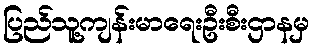
ပြည်သူ့ကျန်းမာရေးဦးစီးဌာနမှ